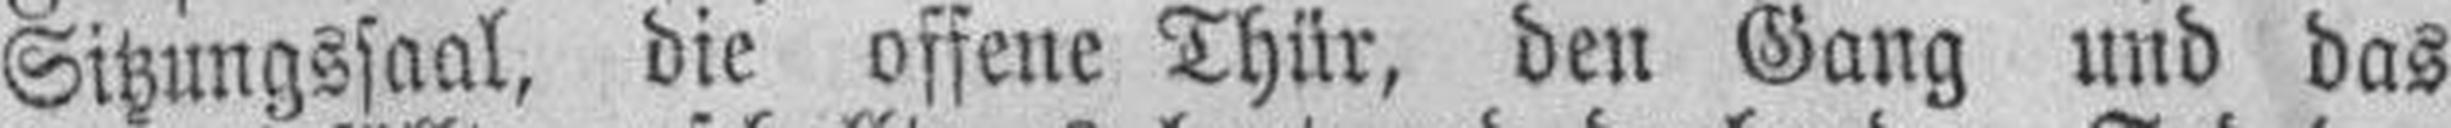
Sitzungssaal, die offene Thür, den Gang und das